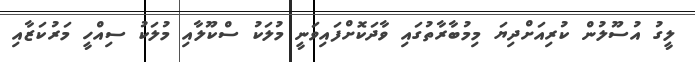
ލީގު އުސޫލުން ކުރިއަށްދިޔަ މިމުބާރާތުގައި ވާދަކޮށްފައިވަނީ މުލަކު ސްކޫލާއި މުލަކު ސިއްހީ މަރުކަޒާއި